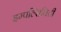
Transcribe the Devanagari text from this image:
इम्पल्सिविटी